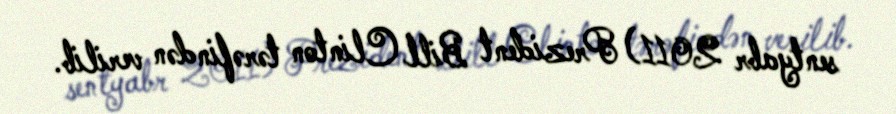
sentyabr 2011) Prezident Bill Clinton tərəfindən verilib.